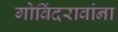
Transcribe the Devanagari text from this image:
गोविंदरावांना